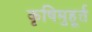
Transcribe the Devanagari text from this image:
कृषिमुहूर्त